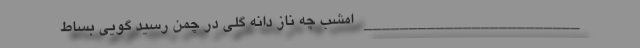
________________________ امشب چه ناز دانه گلی در چمن رسید گویی بساط